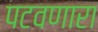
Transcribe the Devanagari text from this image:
पटवणारा